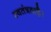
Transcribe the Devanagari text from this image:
स्वतंत्रताहै।